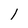
Character: 1